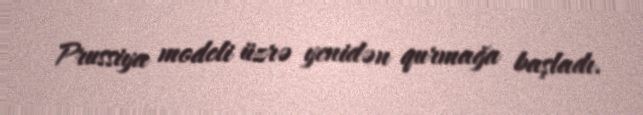
Prussiya modeli üzrə yenidən qurmağa başladı.